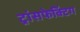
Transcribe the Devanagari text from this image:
ट्रांसफेक्टिंग